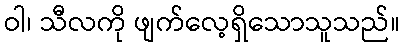
ဝါ၊ သီလကို ဖျက်လေ့ရှိသောသူသည်။